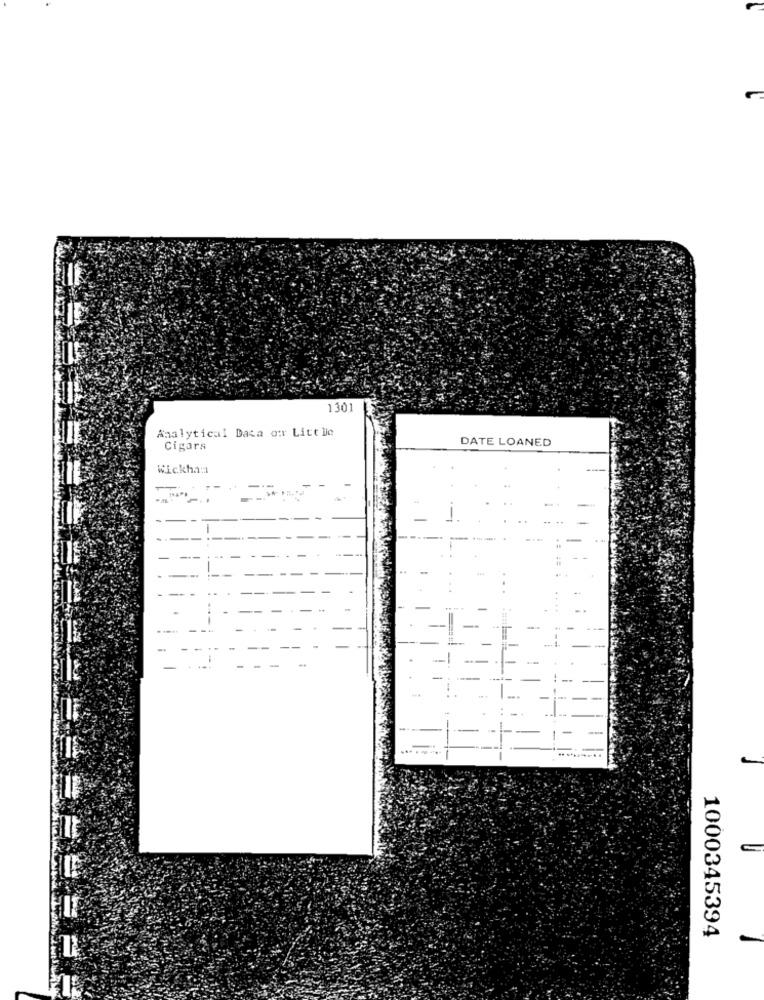
1301
Analytical Data ow Litt lie
DATE LOANED
Cigars
Wickha:
+
-..
-
..
--
..
-
.
--
-
-
-
-!-
-
1000345394
-